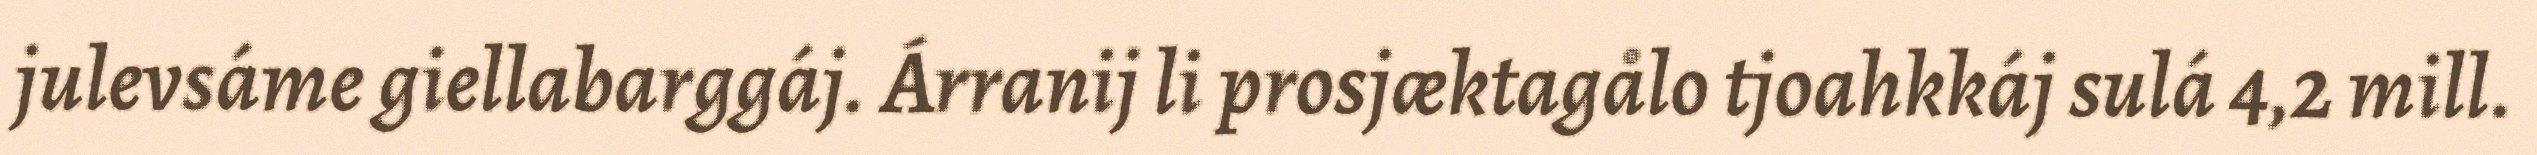
julevsáme giellabarggáj. Árranij li prosjæktagålo tjoahkkáj sulá 4,2 mill.